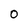
Character: 0